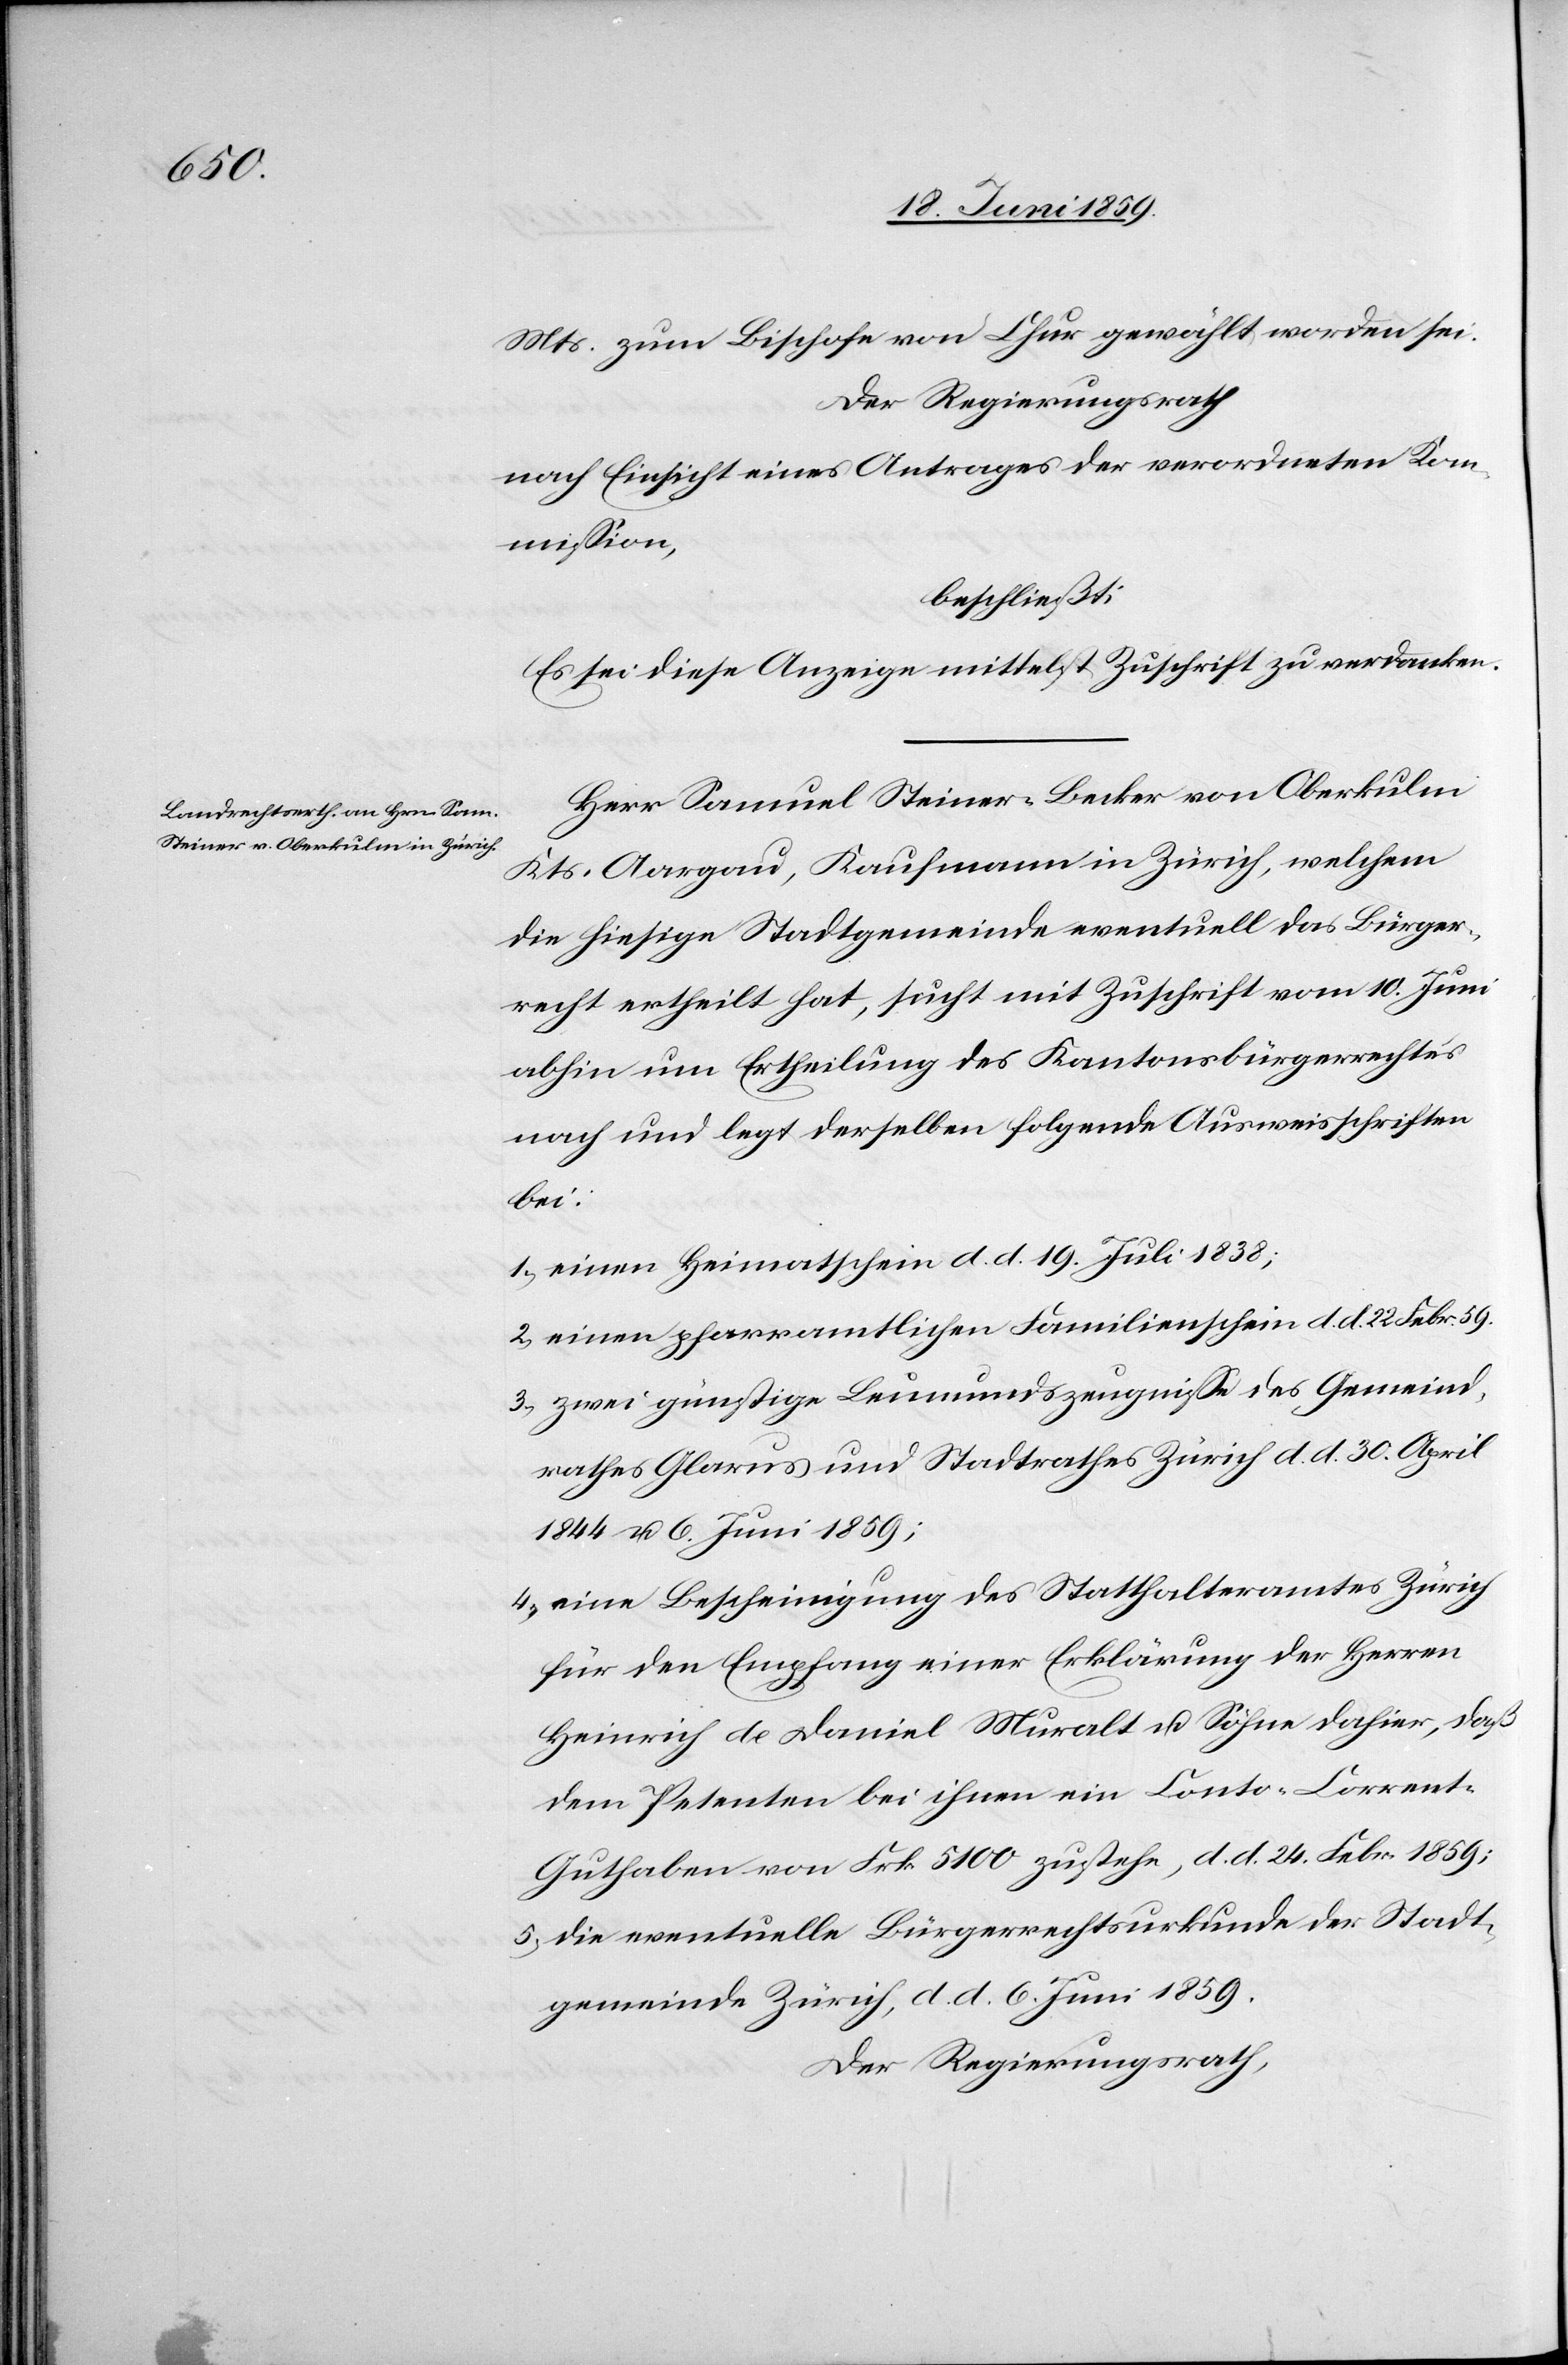
Mts. zum Bischofe von Chur gewählt worden sei.
Der Regierungsrath
nach Einsicht eines Antrages der verordneten Kom¬
mission,
beschliesst:
Es sei dieser Anzeige mittelst Zuschrift zu verdanken.
Herr Samuel Steiner-Becker von Oberkulm
Kts. Aargau, Kaufmann in Zürich, welchem
die hiesige Stadtgemeinde eventuell das Bürger¬
recht ertheilt hat, sucht mit Zuschrift vom 10. Juni
abhin um Ertheilung des Kantonsbürgerrechtes
nach und legt derselben folgende Ausweisschriften
bei:
1) einen Heimatschein d. d. 19. Juli 1838;
2) einen pfarramtlichen Familienschein d. d. 22. Febr. 59.
3) zwei günstige Leumundszeugnisse des Gemeind¬
rathes Glarus und Stadtrathes Zürich d. d. 30. April
1844 u. 6. Juni 1859;
4) eine Bescheinigung des Statthalteramtes Zürich
für den Empfang einer Erklärung der Herren
Heinrich de Daniel Muralt u. Söhne dahier, daß
dem Petenten bei ihnen ein Conto-Corrent-G¬
uthaben von Frk. 5100 zustehe, d. d. 24. Febr. 1859;
5) die eventuelle Bürgerrechtsurkunde der Stadt¬
gemeinde Zürich, d. d. 6. Juni 1859.
Der Regierungsrath,